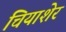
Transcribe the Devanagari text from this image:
चियाशेर